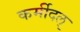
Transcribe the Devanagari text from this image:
कर्मीदल्